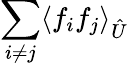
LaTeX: \sum_{i\neq j}\langle{f_{i}}{f_{j}}\rangle_{\hat{U}}